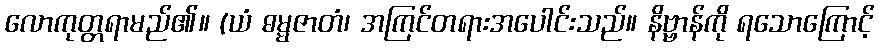
လောကုတ္တရာမည်၏။ (ယံ ဓမ္မဇာတံ၊ အကြင်တရားအပေါင်းသည်။ နိဗ္ဗာန်ကို ရသောကြောင့်